Indian journal of veterinary science and animal husbandry - Volume 7,
Year: 1937
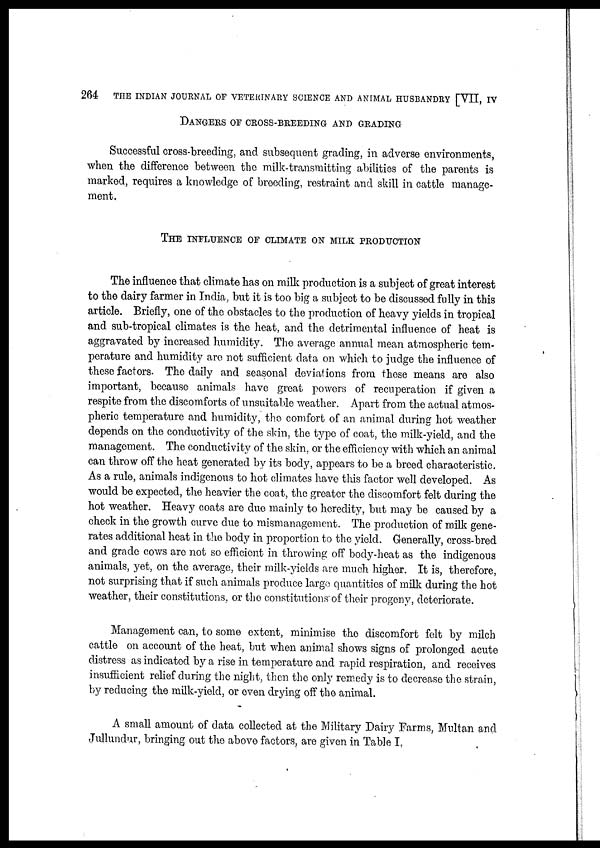
264
THE INDIAN JOURNAL OF VETERINARY SCIENCE AND ANIMAL HUSBANDRY [VII, IV
DANGERS OF CROSS-BREEDING AND GRADING
Successful cross-breeding, and subsequent grading, in adverse environments,
when the difference between the milk-transmitting abilities of the parents is
marked, requires a knowledge of breeding, restraint and skill in cattle manage-
ment.
THE INFLUENCE OF CLIMATE ON MILK PRODUCTION
The influence that climate has on milk production is a subject of great interest
to the dairy farmer in India, but it is too big a subject to be discussed fully in this
article. Briefly, one of the obstacles to the production of heavy yields in tropical
and sub-tropical climates is the heat, and the detrimental influence of heat is
aggravated by increased humidity. The average annual mean atmospheric tem-
perature and humidity are not sufficient data on which to judge the influence of
these factors. The daily and seasonal deviations from these means are also
important, because animals have great powers of recuperation if given a
respite from the discomforts of unsuitable weather. Apart from the actual atmos-
pheric temperature and humidity, the comfort of an animal during hot weather
depends on the conductivity of the skin, the type of coat, the milk-yield, and the
management. The conductivity of the skin, or the efficiency with which an animal
can throw off the heat generated by its body, appears to be a breed characteristic.
As a rule, animals indigenous to hot climates have this factor well developed. As
would be expected, the heavier the coat, the greater the discomfort felt during the
hot weather. Heavy coats are due mainly to heredity, but may be caused by a
check in the growth curve due to mismanagement. The production of milk gene-
rates additional heat in the body in proportion to the yield. Generally, cross-bred
and grade cows are not so efficient in throwing off body-heat as the indigenous
animals, yet, on the average, their milk-yields are much higher. It is, therefore,
not surprising that if such animals produce large quantities of milk during the hot
weather, their constitutions, or the constitutions of their progeny, deteriorate.
Management can, to some extent, minimise the discomfort felt by milch
cattle on account of the heat, but when animal shows signs of prolonged acute
distress as indicated by a rise in temperature and rapid respiration, and receives
insufficient relief during the night, then the only remedy is to decrease the strain,
by reducing the milk-yield, or even drying off the animal.
A small amount of data collected at the Military Dairy Farms, Multan and
Jullundur, bringing out the above factors, are given in Table I.